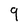
Character: 9